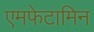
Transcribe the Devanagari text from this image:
एमफेटामिन